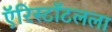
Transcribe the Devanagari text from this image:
ऍरिस्टॉटलला